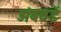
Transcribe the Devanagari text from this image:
अंबवडें